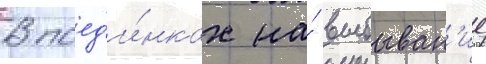
В поед'и́нках на́ выбыван'ие